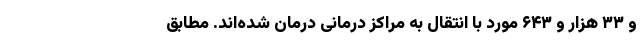
و ۳۳ هزار و ۶۴۳ مورد با انتقال به مراکز درمانی درمان شده‌اند. مطابق